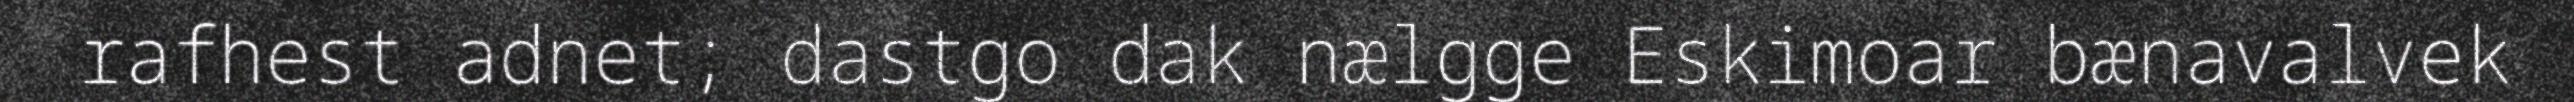
rafhest adnet; dastgo dak nælgge Eskimoar bænavalvek